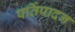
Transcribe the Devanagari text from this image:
पर्तिपादन